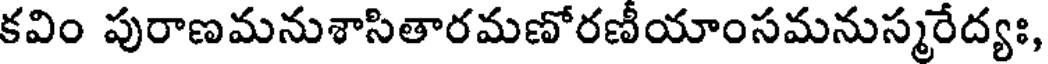
కవిం పురాణమనుశాసితారమణోరణీయాంసమనుస్మరేద్యః,